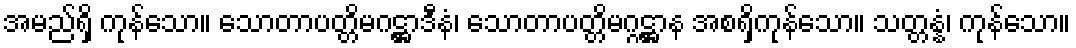
အမည်ရှိ ကုန်သော။ သောတာပတ္တိမဂဋ္ဌာဒီနံ၊ သောတာပတ္တိမဂ္ဂဋ္ဌာန အစရှိကုန်သော။ သတ္တန္နံ၊ ကုန်သော။